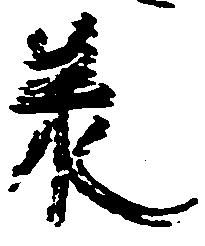
承